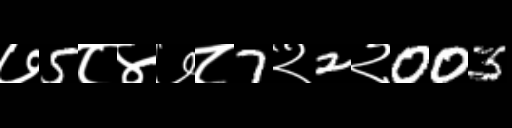
Text: ७5८४७८7२2२003